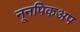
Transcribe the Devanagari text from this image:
नूनपिकअप